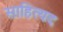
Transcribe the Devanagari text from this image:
साहित्यद